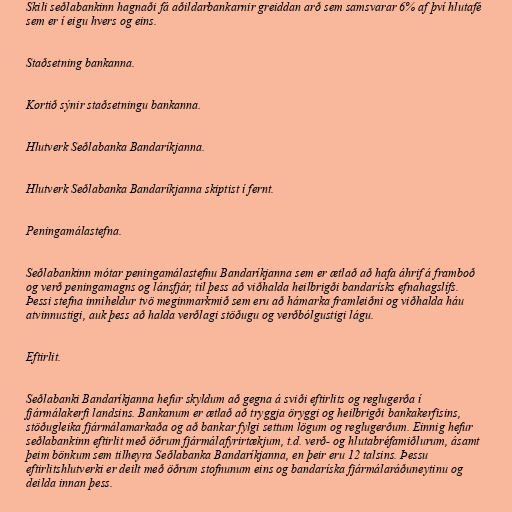
Skili seðlabankinn hagnaði fá aðildarbankarnir greiddan arð sem samsvarar 6% af því hlutafé
sem er í eigu hvers og eins.

Staðsetning bankanna.

Kortið sýnir staðsetningu bankanna.

Hlutverk Seðlabanka Bandaríkjanna.

Hlutverk Seðlabanka Bandaríkjanna skiptist í fernt.

Peningamálastefna.

Seðlabankinn mótar peningamálastefnu Bandaríkjanna sem er ætlað að hafa áhrif á framboð
og verð peningamagns og lánsfjár, til þess að viðhalda heilbrigði bandarísks efnahagslífs.
Þessi stefna inniheldur tvö meginmarkmið sem eru að hámarka framleiðni og viðhalda háu
atvinnustigi, auk þess að halda verðlagi stöðugu og verðbólgustigi lágu.

Eftirlit.

Seðlabanki Bandaríkjanna hefur skyldum að gegna á sviði eftirlits og reglugerða í
fjármálakerfi landsins. Bankanum er ætlað að tryggja öryggi og heilbrigði bankakerfisins,
stöðugleika fjármálamarkaða og að bankar fylgi settum lögum og reglugerðum. Einnig hefur
seðlabankinn eftirlit með öðrum fjármálafyrirtækjum, t.d. verð- og hlutabréfamiðlurum, ásamt
þeim bönkum sem tilheyra Seðlabanka Bandaríkjanna, en þeir eru 12 talsins. Þessu
eftirlitshlutverki er deilt með öðrum stofnunum eins og bandaríska fjármálaráðuneytinu og
deilda innan þess.